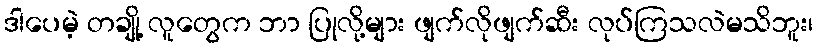
ဒါပေမဲ့ တချို့ လူတွေက ဘာ ပြုလို့များ ဖျက်လိုဖျက်ဆီး လုပ်ကြသလဲမသိဘူး၊